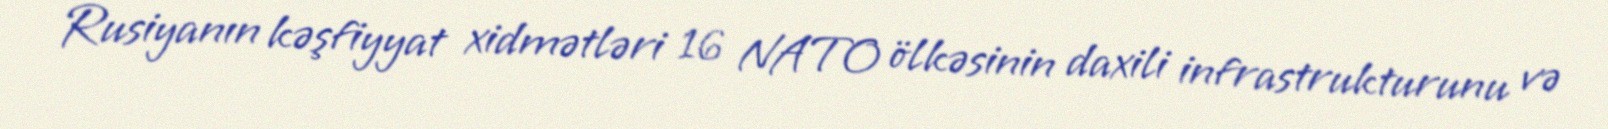
Rusiyanın kəşfiyyat xidmətləri 16 NATO ölkəsinin daxili infrastrukturunu və